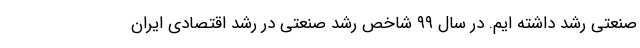
صنعتی رشد داشته ایم. در سال ۹۹ شاخص رشد صنعتی در رشد اقتصادی ایران